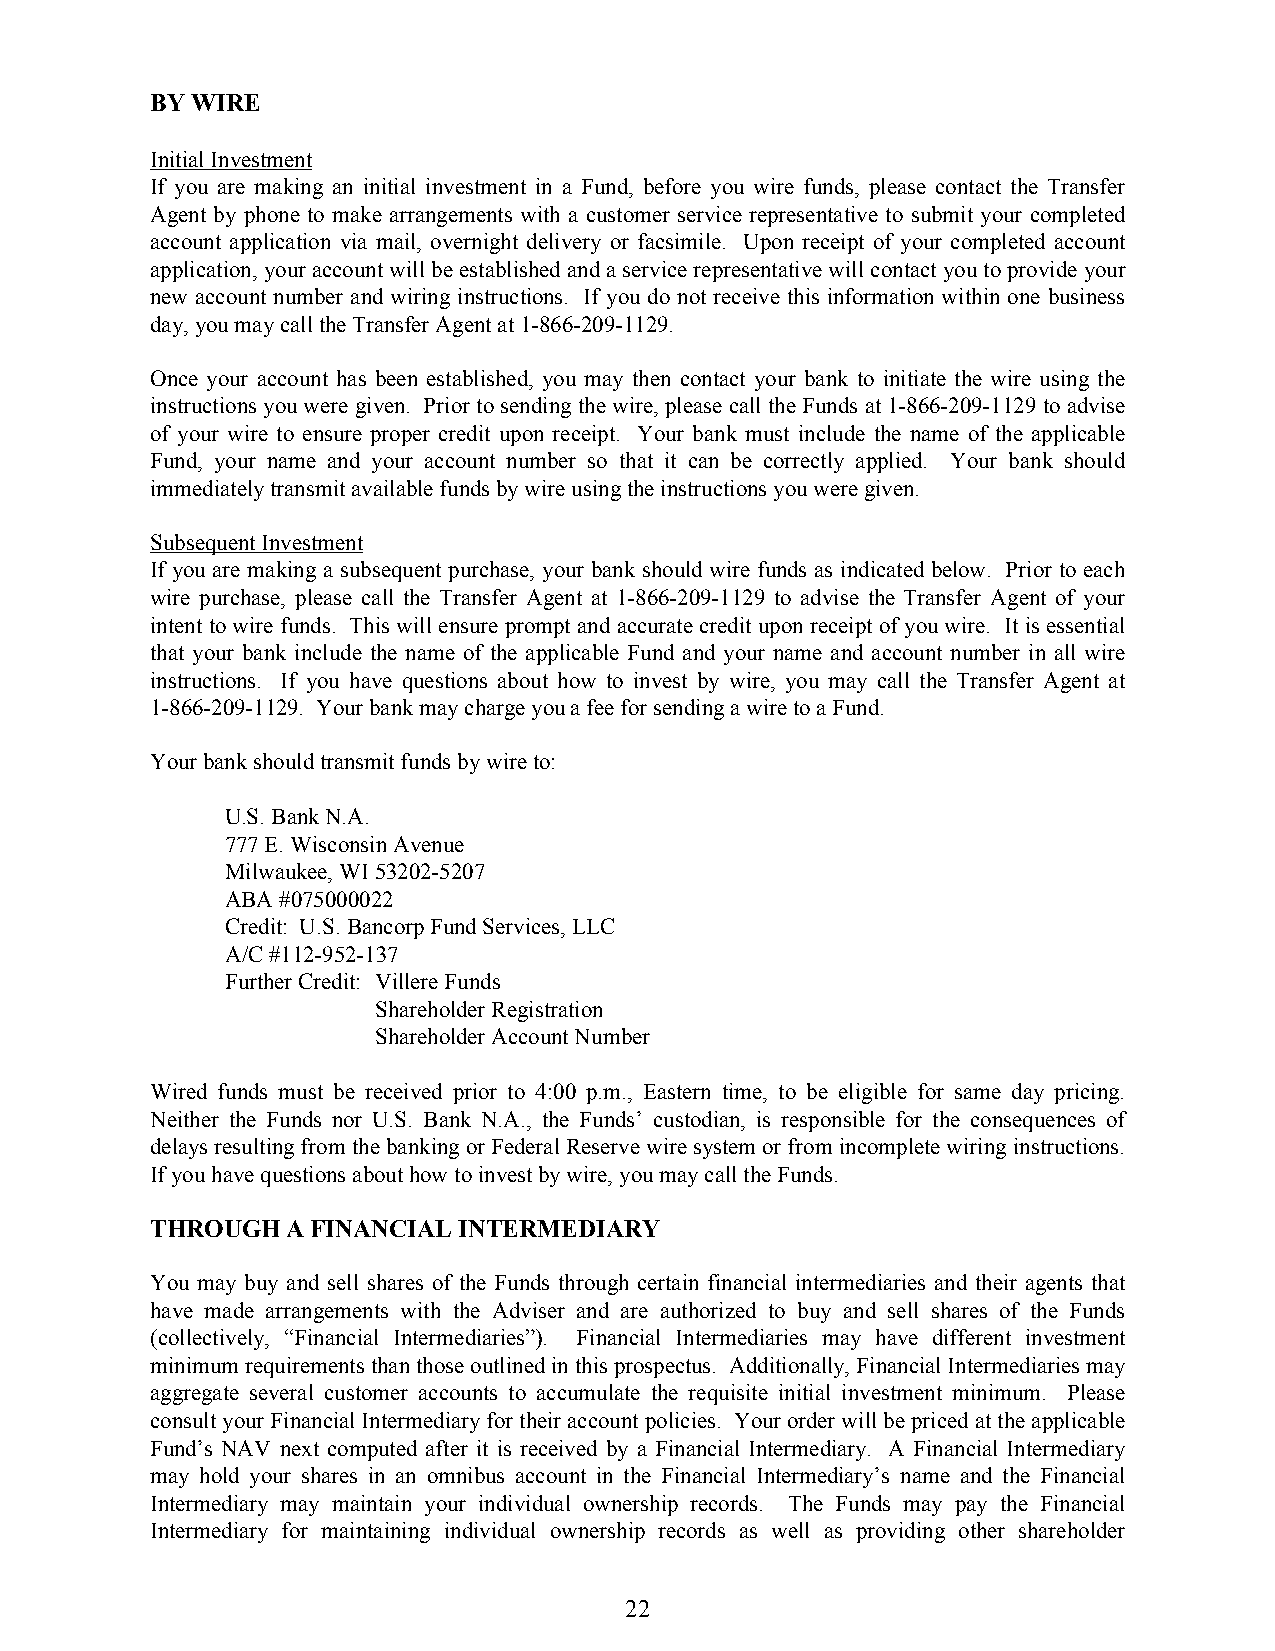
BY WIRE
 Initial Investment
 If you are making an initial investment in a Fund, before you wire funds, please contact the Transfer
 Agent by phone to make arrangements with a customer service representative to submit your completed
 account application via mail, overnight delivery or facsimile. Upon receipt of your completed account
 application, your account will be established and a service representative will contact you to provide your
 new account number and wiring instructions. If you do not receive this information within one business
 day, you may call the Transfer Agent at 1-866-209-1129.
 Once your account has been established, you may then contact your bank to initiate the wire using the
 instructions you were given. Prior to sending the wire, please call the Funds at 1-866-209-1129 to advise
 of your wire to ensure proper credit upon receipt. Your bank must include the name of the applicable
 Fund, your name and your account number so that it can be correctly applied. Your bank should
 immediately transmit available funds by wire using the instructions you were given.
 Subsequent Investment
 If you are making a subsequent purchase, your bank should wire funds as indicated below. Prior to each
 wire purchase, please call the Transfer Agent at 1-866-209-1129 to advise the Transfer Agent of your
 intent to wire funds. This will ensure prompt and accurate credit upon receipt of you wire. It is essential
 that your bank include the name of the applicable Fund and your name and account number in all wire
 instructions. If you have questions about how to invest by wire, you may call the Transfer Agent at
 1-866-209-1129. Your bank may charge you a fee for sending a wire to a Fund.
 Your bank should transmit funds by wire to:
 U.S. Bank N.A.
 777 E. Wisconsin Avenue
 Milwaukee, WI 53202-5207
 ABA #075000022
 Credit: U.S. Bancorp Fund Services, LLC
 A/C #112-952-137
 Further Credit: Villere Funds
 Shareholder Registration
 Shareholder Account Number
 Wired funds must be received prior to 4:00 p.m., Eastern time, to be eligible for same day pricing.
 Neither the Funds nor U.S. Bank N.A., the Funds’ custodian, is responsible for the consequences of
 delays resulting from the banking or Federal Reserve wire system or from incomplete wiring instructions.
 If you have questions about how to invest by wire, you may call the Funds.
 THROUGH  A FINANCIAL INTERMEDIARY
 You may buy and sell shares of the Funds through certain financial intermediaries and their agents that
 have made arrangements with the Adviser and are authorized to buy and sell shares of the Funds
 (collectively, “Financial Intermediaries”). Financial Intermediaries may have different investment
 minimum requirements than those outlined in this prospectus. Additionally, Financial Intermediaries may
 aggregate several customer accounts to accumulate the requisite initial investment minimum. Please
 consult your Financial Intermediary for their account policies. Your order will be priced at the applicable
 Fund’s NAV next computed after it is received by a Financial Intermediary. A Financial Intermediary
 may hold your shares in an omnibus account in the Financial Intermediary’s name and the Financial
 Intermediary may maintain your individual ownership records. The Funds may pay the Financial
 Intermediary for maintaining individual ownership records as well as providing other shareholder
 22